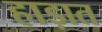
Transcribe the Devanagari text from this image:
हाड़ात